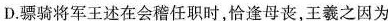
D.骠骑将军王述在会稽任职时,恰逢母丧,王羲之因为